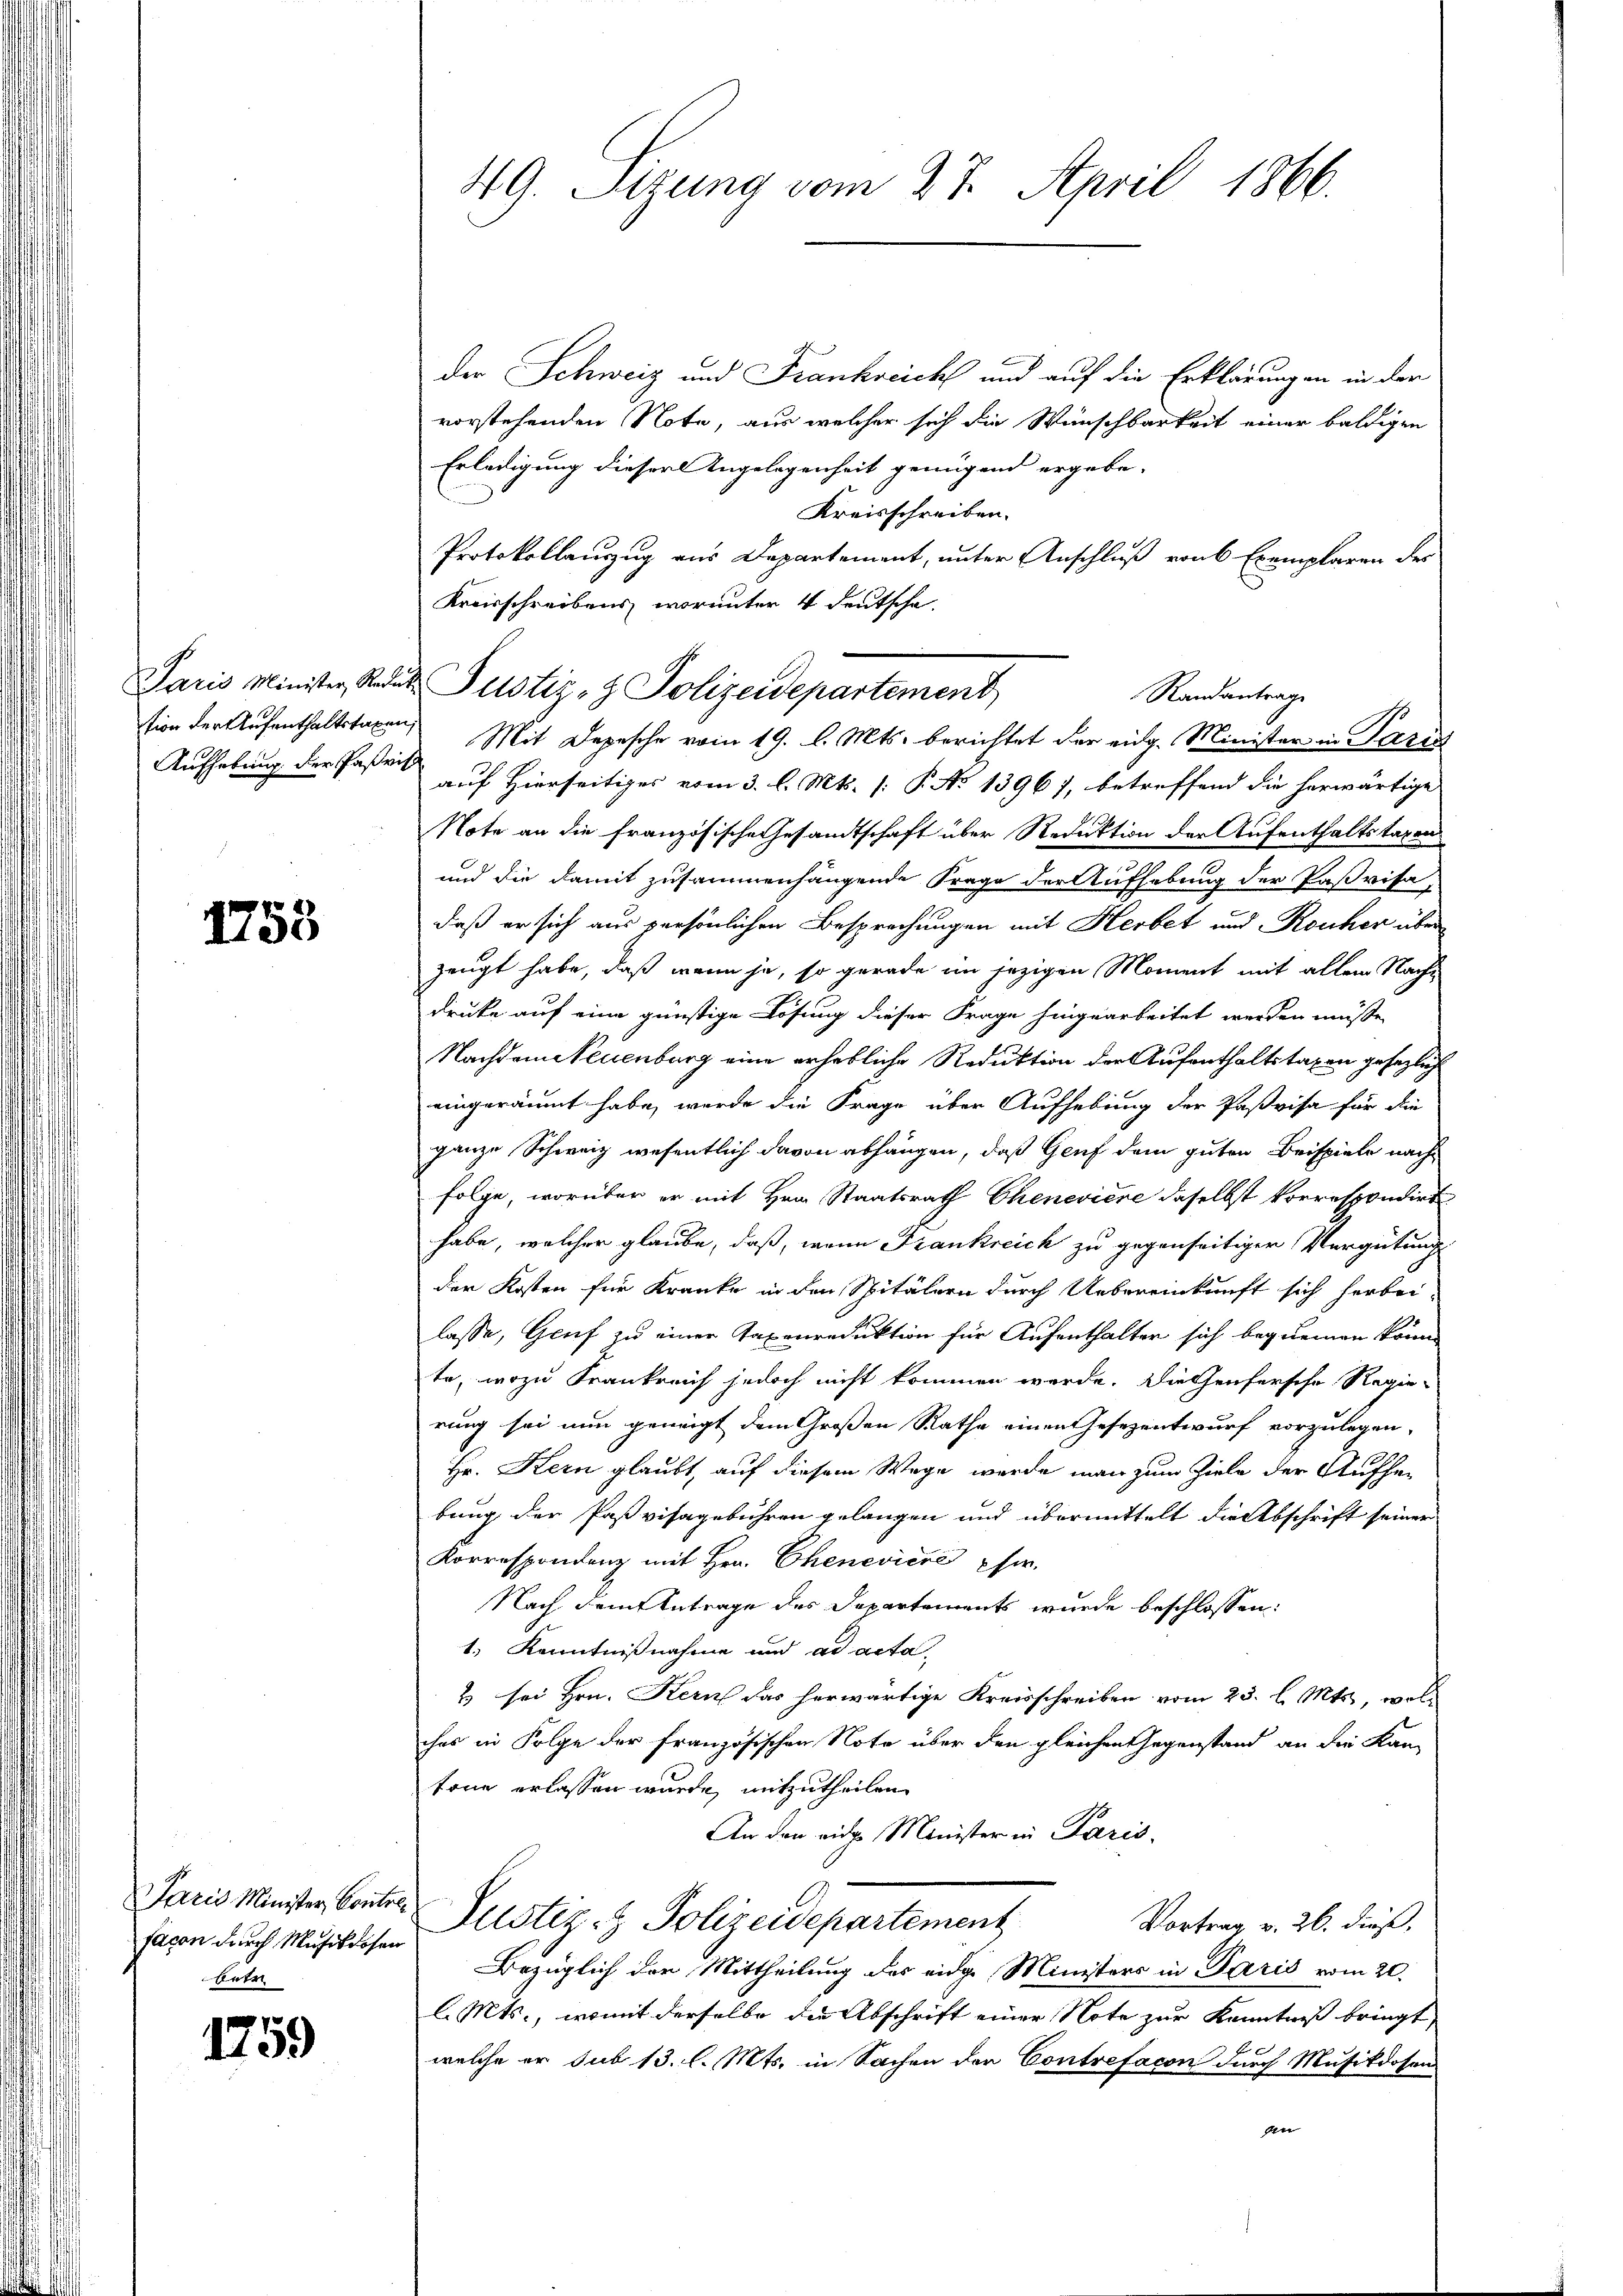
Aufhebung der Pastritt

1758

facon durch Musikdosen
betr

1759

der Schweiz und Frankreich und auf die Erklärungen in der
vorstehenden Note, aus welcher sich die Wünschbarkeit einer baldigen
Erledigung dieser Angelegenheit genügend ergebe-
Kreisschreiben.
Protokollauszug aus Departement, unter Anschluß von 6 Exemplaren des
Kreisschreibens, worunter 4 deutsche
Randantrage
tion der Aufenthaltstaxen Mit Depesche vom 19. l. Mts. berichtet der eidg. Minister in Paris
auf Hierseitiges vom 3. l. Mts. [: P. No 13967, betreffend die herwärtige
Note an die französische Gesandtschaft über Reduktion der Aufenthaltstaxen
und die damit zusammenhängende Frage der Aufhebung der Paßvisa-
daß er sich aus persönlichen Besprechungen mit Herbet und Rauher über
zeugt habe, daß wenn ja, so gerade im jezigen Moment mit allem Nachdruke auf eine günstige Lösung dieser Frage hingearbeitet werden müsse,
Nachdem Neuenburg eine erhebliche Reduktion der Aufenthaltstaxen gesezlich
eingeräumt habe, werde die Frage über Aufhebung der Paßvisa für die
ganze Schweiz wesentlich davon abhängen, daß Genf dem guten Beispiele nachfolge, worüber er mit Hrn. Staatsrath Chenevière daselbst vorrespondirt
habe, welcher glaube, daß, wenn Frankreich zu gegenseitiger Vergütung
der Kosten für Kranke in den Spitälern durch Uebereinkunft sich herbei-
lasse, Gruf zu einer Taxenreduktion für Aufenthalter sich bequemen könne
te, wozu Frankreich jedoch nicht kommen werde. Die Teufersche Regie-
rung sei nun geneigt dem Großen Rathe einen Gesezentwurf vorzulegen,
Hr. Kern glaubt, auf diesem Wege werde man zum Ziele der Aufhebung der Pasvisagebühren gelangen und übermittelt die Abschrift seiner
Korrespondenz mit Hrn. Chenevière her.
Nach dem Antrage des Departements wurde beschlossen:
1. Kenntnißnahme und ad acta,
2 sei Hrn. Kern das herwärtige Kreisschreiben vom 23. l. Mts., wolches in Folge der französischen Nota über den gleichen Gegenstand an die Kan-
tone erlassen wurde, mitzutheilen
An den eidge Minister in Paris.
Paris Minister Contrer Justiz- & Polizeidepartement. Vortrag v. 26. dieß,
Bezüglich der Mittheilung des eidge Ministers in Paris vom 20.
l. Mts., womit derselbe die Abschrift einer Note zur Kenntniß bringt,
welche er sub 13. l. Mts. in Sachen der Contrefacon durch Musikdosen
dn

49. Sizung vom 27. April 1866.

Paris Minister Kadet Pustiz- & Polizeidepartement